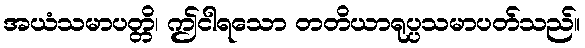
အယံသမာပတ္တိ၊ ဤငါရသော တတိယာရုပ္ပသမာပတ်သည်။